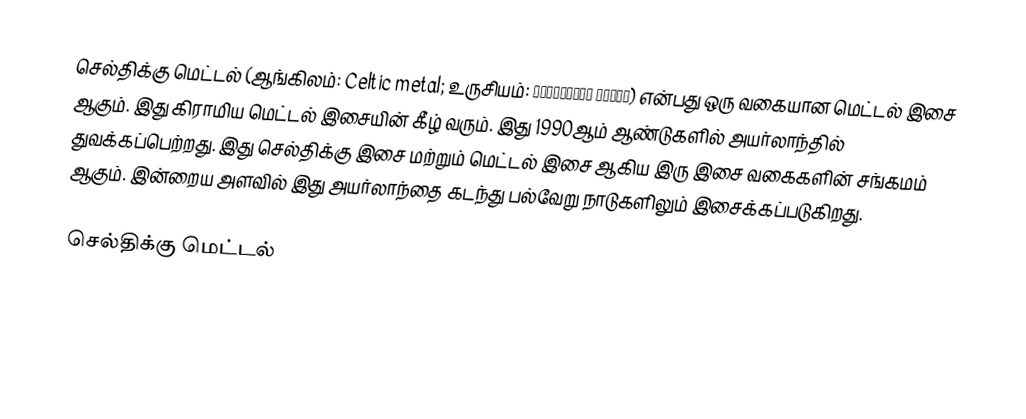
செல்திக்கு மெட்டல் (ஆங்கிலம்: Celtic metal; உருசியம்: Кельтский метал) என்பது ஒரு வகையான மெட்டல் இசை ஆகும். இது கிராமிய மெட்டல் இசையின் கீழ் வரும். இது 1990ஆம் ஆண்டுகளில் அயர்லாந்தில் துவக்கப்பெற்றது. இது செல்திக்கு இசை மற்றும் மெட்டல் இசை ஆகிய இரு இசை வகைகளின் சங்கமம் ஆகும். இன்றைய அளவில் இது அயர்லாந்தை கடந்து பல்வேறு நாடுகளிலும் இசைக்கப்படுகிறது.

செல்திக்கு மெட்டல்